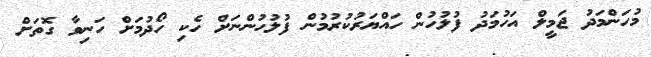
މުހަންމަދު ޖަމީލް އަހުމަދު ފުލުހުން ހައްޔަރުކުރުމުން ފުލުހުންނަށް ހެކި ހޯދުމަށް ހަނިވާ ގޮތަށް